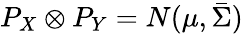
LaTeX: P_{X}\otimes P_{Y}=N(\mu,\bar{\Sigma})